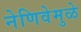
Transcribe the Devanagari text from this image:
नेणिवेमुळे